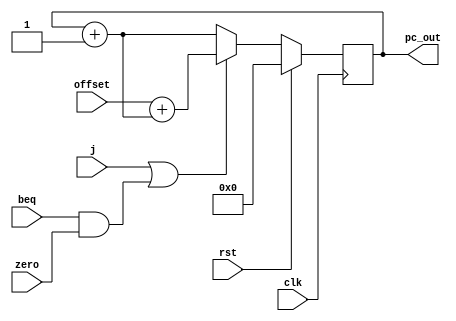
/* Copyright  2018 Piyush Itankar <pitankar@gmail.com>
 *
 * Permission is hereby granted, free of charge, to any person obtaining a copy
 * of this software and associated documentation files (the Software), to
 * deal in the Software without restriction, including without limitation the
 * rights to use, copy, modify, merge, publish, distribute, sublicense, and/or
 * sell copies of the Software, and to permit persons to whom the Software is
 * furnished to do so, subject to the following conditions:
 *
 * The above copyright notice and this permission notice shall be included in
 * all copies or substantial portions of the Software.
 *
 * THE SOFTWARE IS PROVIDED AS IS, WITHOUT WARRANTY OF ANY KIND, EXPRESS OR
 * IMPLIED, INCLUDING BUT NOT LIMITED TO THE WARRANTIES OF MERCHANTABILITY,
 * FITNESS FOR A PARTICULAR PURPOSE AND NONINFRINGEMENT. IN NO EVENT SHALL THE
 * AUTHORS OR COPYRIGHT HOLDERS BE LIABLE FOR ANY CLAIM, DAMAGES OR OTHER LIABILITY,
 * WHETHER IN AN ACTION OF CONTRACT, TORT OR OTHERWISE, ARISING FROM, OUT OF
 * OR IN CONNECTION WITH THE SOFTWARE OR THE USE OR OTHER DEALINGS IN THE SOFTWARE.
 */

/*
 * Module Name:     Program Counter.
 * Functional Req:  Increaments by 4 on each clock.
 *                  cycle and outputs the number thus produced.
 * Input:           Clock, Reset.
 *                  Clock: Increaments on rising edge of the clock.
 *                  Reset: Synchronously resets back to 0x00 if
 *                         Reset is Logic High.
 * Output:          Instruction Address.
 * Parameters:      WORD_SIZE.
 *                  WORD_SIZE: Width of the Program Counter.
 */
module program_counter #(parameter WORD_SIZE=32, OPCODE_WIDTH=3, REG_WIDTH=5)
                        (input clk, rst, beq, zero, j,
                         input [WORD_SIZE-1 : 0] offset,
                         output [WORD_SIZE-1:0] pc_out);

    // Declare the Program counter
    reg [WORD_SIZE-1:0]  pc_reg;
    wire [WORD_SIZE-1:0] pc_i, pc_new;

    // On every clock cycle increment the PC
    // if an address is provided then load that,
    // On reset make PC point to the 0th location.
    always @(posedge clk) begin
        if (rst) pc_reg <= 0;
        else pc_reg <= pc_new;
    end

    assign pc_i = pc_reg + 1;
    assign pc_new = (j || (beq && zero)) ? (offset + pc_i) : pc_i;

    assign pc_out = pc_reg;
endmodule